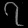
Digit: ၇